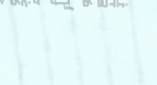
بيع وشراء مجوهرات ذهبية و